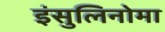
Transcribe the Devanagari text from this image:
इंसुलिनोमा